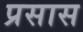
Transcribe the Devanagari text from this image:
प्रसास